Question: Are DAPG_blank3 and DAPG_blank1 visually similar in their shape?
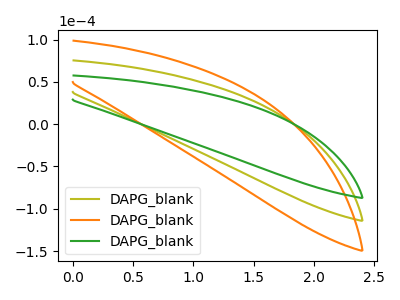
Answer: <think>The olive curve "DAPG_blank1" has no peaks. The orange curve "DAPG_blank2" has no peaks. The green curve "DAPG_blank3" has no peaks.
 Neither "DAPG_blank3" or "DAPG_blank1" have any peaks.</think>
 <answer>"DAPG_blank3" and "DAPG_blank1" are similar in shape.</answer>
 <eval>same_shape</eval>